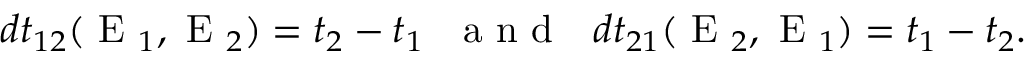
d t _ { 1 2 } ( \textrm { E } _ { 1 } , \textrm { E } _ { 2 } ) = t _ { 2 } - t _ { 1 } \textrm { ~ a n d ~ } d t _ { 2 1 } ( \textrm { E } _ { 2 } , \textrm { E } _ { 1 } ) = t _ { 1 } - t _ { 2 } .